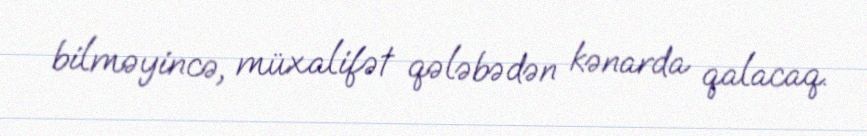
bilməyincə, müxalifət qələbədən kənarda qalacaq.